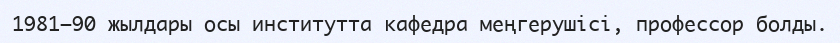
1981–90 жылдары осы институтта кафедра меңгерушісі, профессор болды.